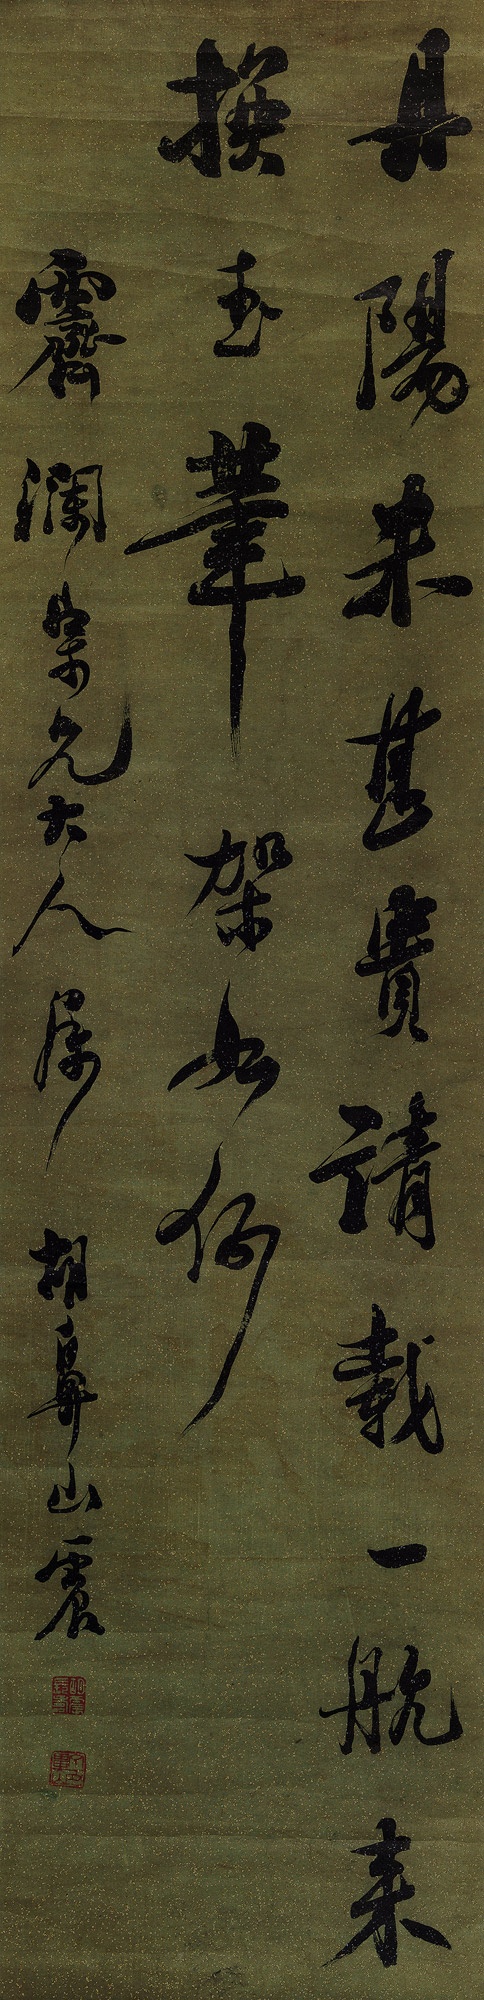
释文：丹阳米甚贵，请载一航来换玉笔架如何？霁澜宗兄大人属。胡鼻山震。